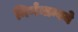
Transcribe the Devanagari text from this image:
निर्णयान्वये